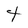
Character: t